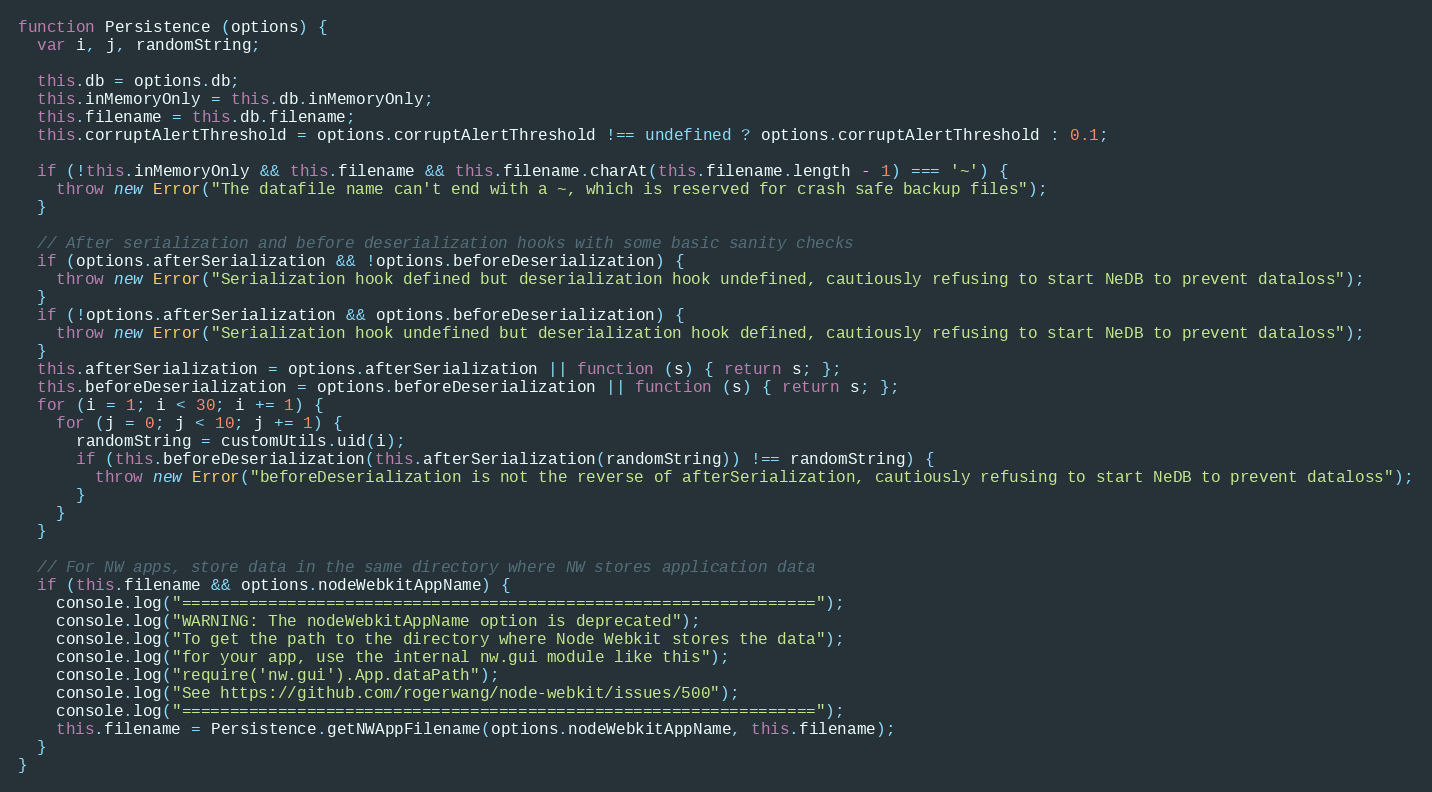
Language: JavaScript
function Persistence (options) {
  var i, j, randomString;

  this.db = options.db;
  this.inMemoryOnly = this.db.inMemoryOnly;
  this.filename = this.db.filename;
  this.corruptAlertThreshold = options.corruptAlertThreshold !== undefined ? options.corruptAlertThreshold : 0.1;

  if (!this.inMemoryOnly && this.filename && this.filename.charAt(this.filename.length - 1) === '~') {
    throw new Error("The datafile name can't end with a ~, which is reserved for crash safe backup files");
  }

  // After serialization and before deserialization hooks with some basic sanity checks
  if (options.afterSerialization && !options.beforeDeserialization) {
    throw new Error("Serialization hook defined but deserialization hook undefined, cautiously refusing to start NeDB to prevent dataloss");
  }
  if (!options.afterSerialization && options.beforeDeserialization) {
    throw new Error("Serialization hook undefined but deserialization hook defined, cautiously refusing to start NeDB to prevent dataloss");
  }
  this.afterSerialization = options.afterSerialization || function (s) { return s; };
  this.beforeDeserialization = options.beforeDeserialization || function (s) { return s; };
  for (i = 1; i < 30; i += 1) {
    for (j = 0; j < 10; j += 1) {
      randomString = customUtils.uid(i);
      if (this.beforeDeserialization(this.afterSerialization(randomString)) !== randomString) {
        throw new Error("beforeDeserialization is not the reverse of afterSerialization, cautiously refusing to start NeDB to prevent dataloss");
      }
    }
  }

  // For NW apps, store data in the same directory where NW stores application data
  if (this.filename && options.nodeWebkitAppName) {
    console.log("==================================================================");
    console.log("WARNING: The nodeWebkitAppName option is deprecated");
    console.log("To get the path to the directory where Node Webkit stores the data");
    console.log("for your app, use the internal nw.gui module like this");
    console.log("require('nw.gui').App.dataPath");
    console.log("See https://github.com/rogerwang/node-webkit/issues/500");
    console.log("==================================================================");
    this.filename = Persistence.getNWAppFilename(options.nodeWebkitAppName, this.filename);
  }
}